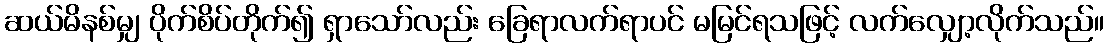
ဆယ်မိနစ်မျှ ပိုက်စိပ်တိုက်၍ ရှာသော်လည်း ခြေရာလက်ရာပင် မမြင်ရသဖြင့် လက်လျှော့လိုက်သည်။